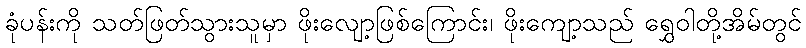
ခုံပန်းကို သတ်ဖြတ်သွားသူမှာ ဖိုးလျော့ဖြစ်ကြောင်း၊ ဖိုးကျော့သည် ရွှေဝါတို့အိမ်တွင်